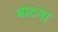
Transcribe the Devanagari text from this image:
बाटना